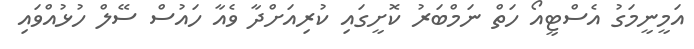
އަމީނީމަގު އެސްޓީއޯ ހަތް ނަމްބަރު ކޮށީގައި ކުރިއަށްދާ ވެއާ ހައުސް ސޭލް ހުޅުއްވައި